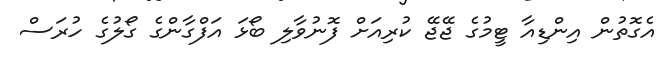
އެގޮތުން އިންޑިއާ ޓީމުގެ ޖޭޖޭ ކުރިއަށް ފޮނުވާލި ބޯޅަ އަފްގާންގެ ގޯލުގެ ހުރަސް